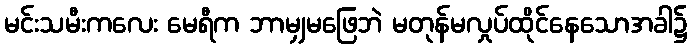
မင်းသမီးကလေး မေရီက ဘာမျှမဖြေဘဲ မတုန်မလှုပ်ထိုင်နေသောအခါ၌